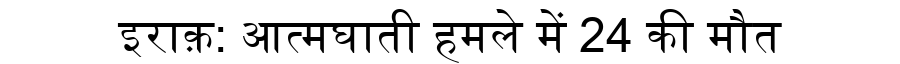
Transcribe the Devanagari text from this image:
इराक़: आत्मघाती हमले में 24 की मौत